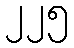
၂၂၅